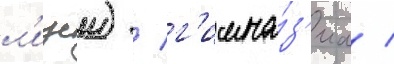
л'ицеи) / г'имна́з'иа /